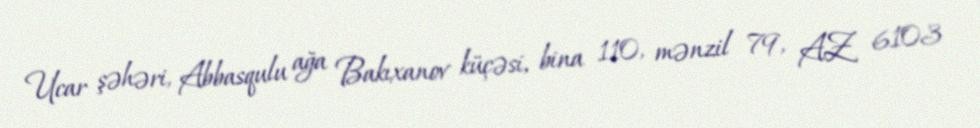
Ucar şəhəri, Abbasqulu ağa Bakıxanov küçəsi, bina 110, mənzil 79, AZ 6103